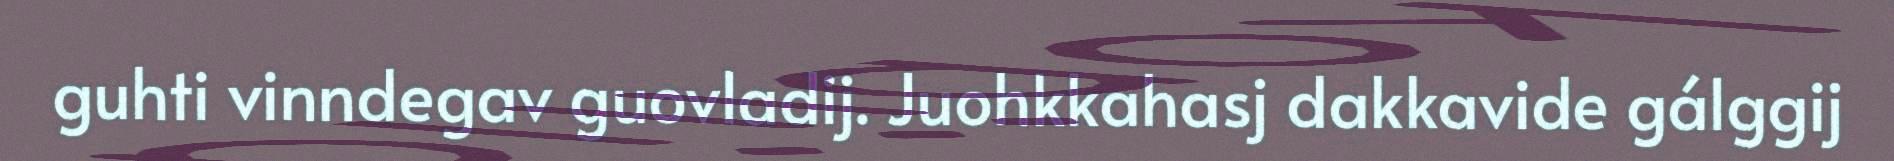
guhti vinndegav guovladij. Juohkkahasj dakkavide gálggij